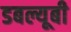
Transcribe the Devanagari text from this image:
डबल्यूबी